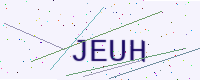
Text: JEUH